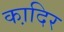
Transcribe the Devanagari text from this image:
का़दिर